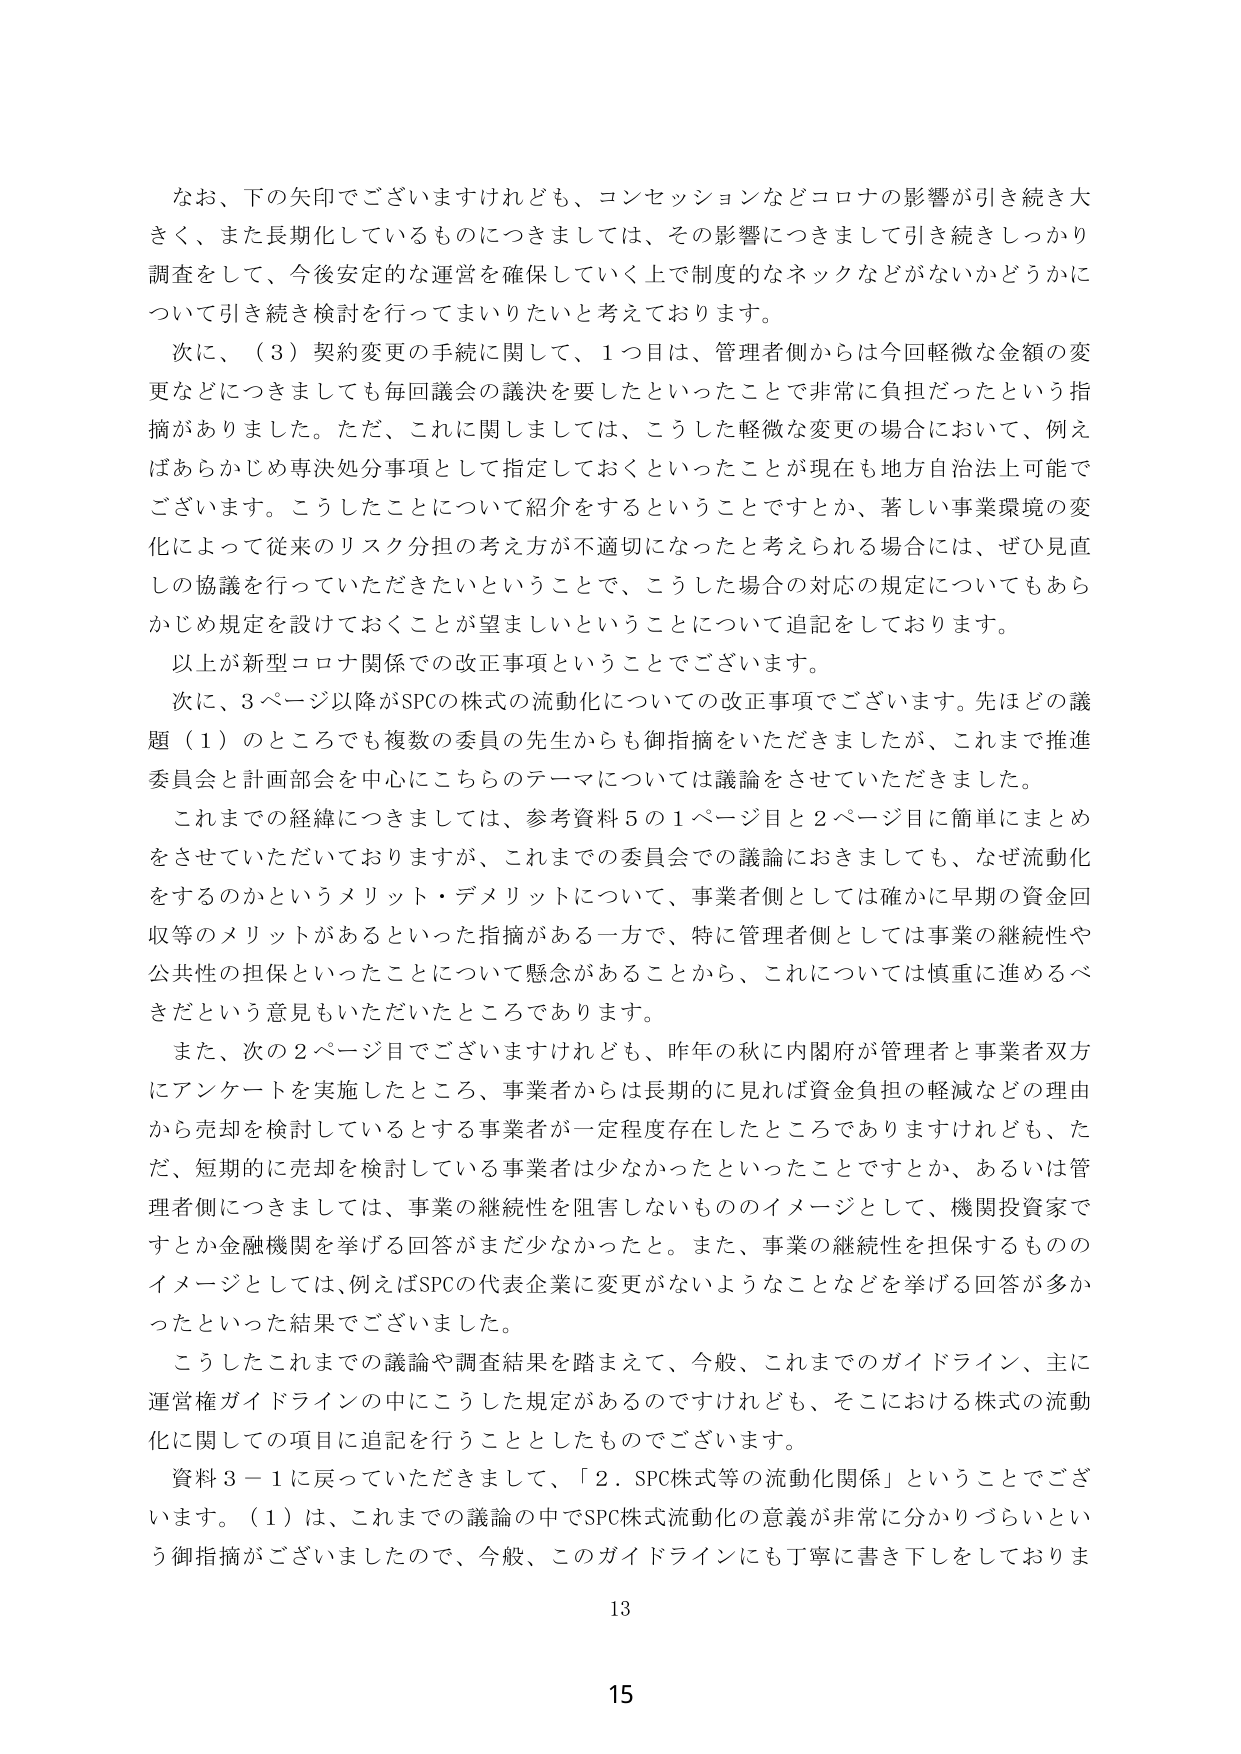
なお、下の矢印でございますけれども、コンセッションなどコロナの影響が引き続き大きく、また長期化しているものにつきましては、その影響につきまして引き続きしっかり調査をして、今後安定的な運営を確保していく上で制度的なネックなどががないかどうかについて引き続き検討を行ってまいりたいと考えております。

次に、（３）契約変更の手続に関して、１つ目は、管理者側からは今回軽微な金額の変更などにつきましても毎回議会の議決を要したといったことで非常に負担だったという指摘がありました。ただ、これに関しましては、こうした軽微な変更の場合において、例えばあらかじめ専決処分事項として指定しておくといったことが現在も地方自治法上可能でございます。こうしたことについて紹介をするということですとか、著しい事業環境の変化によって従来のリスク分担の考え方が不適切になったと考えられる場合には、ぜひ見直しの協議を行っていただきたいということで、こうした場合の対応の規定についてもあらかじめ規定を設けておくことが望ましいということについて追記をしております。

以上が新型コロナ関係での改正事項ということでございます。

次に、３ページ以降がSPCの株式の流動化についての改正事項でございます。先ほどの議題（１）のところでも複数の委員の先生からも御指摘をいただきましたが、これまで推進委員会と計画部会を中心にこちらのテーマについては議論をさせていただきました。

これまでの経緯につきましては、参考資料５の１ページ目と２ページ目に簡単にまとめをさせていただいておりますが、これまでの委員会での議論におきましても、なぜ流動化をするのかというメリット・デメリットについて、事業者側としては確かに早期の資金回収等のメリットがあるといった指摘がある一方で、特に管理者側としては事業の継続性や公共性の担保といったことについて懸念があることから、これについては慎重に進めるべきだという意見もいただいたところであります。

また、次の２ページ目でございますけれども、昨年の秋に内閣府が管理者と事業者双方にアンケートを実施したところ、事業者からは長期的に見れば資金負担の軽減などの理由から売却を検討しているとする事業者が一定程度存在したところではありますが、ただ、短期的に売却を検討している事業者は少なかったといったことですか、あるいは管理者側につきましては、事業の継続性を阻害しないもののイメージとして、機関投資家ですとか金融機関を挙げる回答がまだ少なかったと。また、事業の継続性を担保するもののイメージとしては、例えばSPCの代表企業に変更がないようなことなどを挙げる回答が多かったといった結果でございました。

こうしたこれまでの議論や調査結果を踏まえて、今般、これまでのガイドライン、主に運営権ガイドラインの中にこうした規定があるのですけれども、そこにおける株式の流動化に関しての項目に追記を行うこととしたものでございます。

資料３－１に戻っていただきまして、「２．SPC株式等の流動化関係」ということでございます。（１）は、これまでの議論の中でSPC株式流動化の意義が非常に分かりづらいという御指摘がございましたので、今般、このガイドラインにも丁寧に書き下しをしておりま

13

15